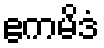
ဧကမိဒံ